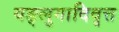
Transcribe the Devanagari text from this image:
यङ्लुगादिवृत्त